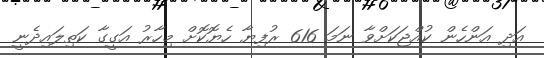
އަދި އަންހެން ކުއްޖަކަށްވާ ނަމަ 616 ރުފިޔާ ހެޔޮކޮށް މިހާރު އަގީގާ ކަތިލައިދެނީ